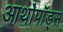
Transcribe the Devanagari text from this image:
आर्थोपॉड्स